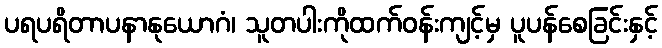
ပရပရိတာပနာနုယောဂံ၊ သူတပါးကိုထက်ဝန်းကျင့်မှ ပူပန်စေခြင်းနှင့်